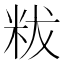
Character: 𥹔